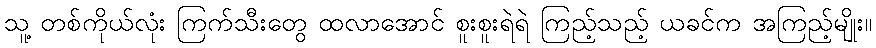
သူ့ တစ်ကိုယ်လုံး ကြက်သီးတွေ ထလာအောင် စူးစူးရဲရဲ ကြည့်သည့် ယခင်က အကြည့်မျိုး။